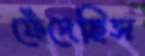
ফেঁদেছিস